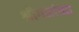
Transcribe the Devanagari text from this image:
श्रीगमांच्या